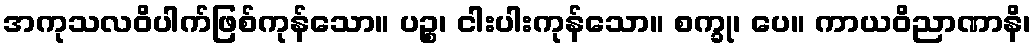
အကုသလဝိပါက်ဖြစ်ကုန်သော။ ပဉ္စ၊ ငါးပါးကုန်သော။ စက္ခု၊ ပေ။ ကာယဝိညာဏာနိ၊